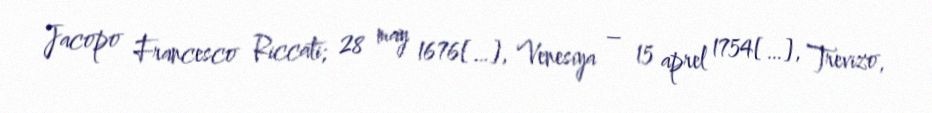
Jacopo Francesco Riccati; 28 may 1676[…], Venesiya – 15 aprel 1754[…], Trevizo,